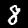
Label: 8